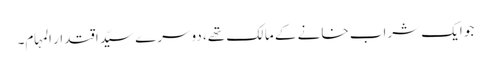
جو ایک شراب خانے کے مالک تھے، دوسرے سیّد اقتدار المہام۔